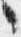
々